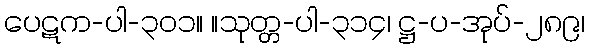
ပေဋက-ပါ-၃၀၁။ ။သုတ္တ-ပါ-၃၁၄၊ ဋ္ဌ-ပ-အုပ်-၂၈၉၊